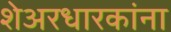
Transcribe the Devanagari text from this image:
शेअरधारकांना